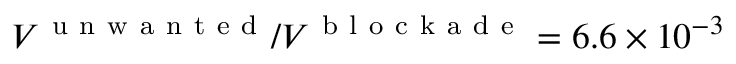
V ^ { \mathrm { ~ u ~ n ~ w ~ a ~ n ~ t ~ e ~ d ~ } } / V ^ { \mathrm { ~ b ~ l ~ o ~ c ~ k ~ a ~ d ~ e ~ } } = 6 . 6 \times 1 0 ^ { - 3 }